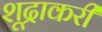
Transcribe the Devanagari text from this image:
शूद्राकरी